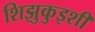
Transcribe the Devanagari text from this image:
शिझुकुइशी